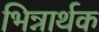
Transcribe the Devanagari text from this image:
भिन्नार्थक